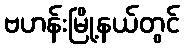
ဗဟန်းမြို့နယ်တွင်